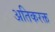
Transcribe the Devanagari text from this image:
अतिकरक्त